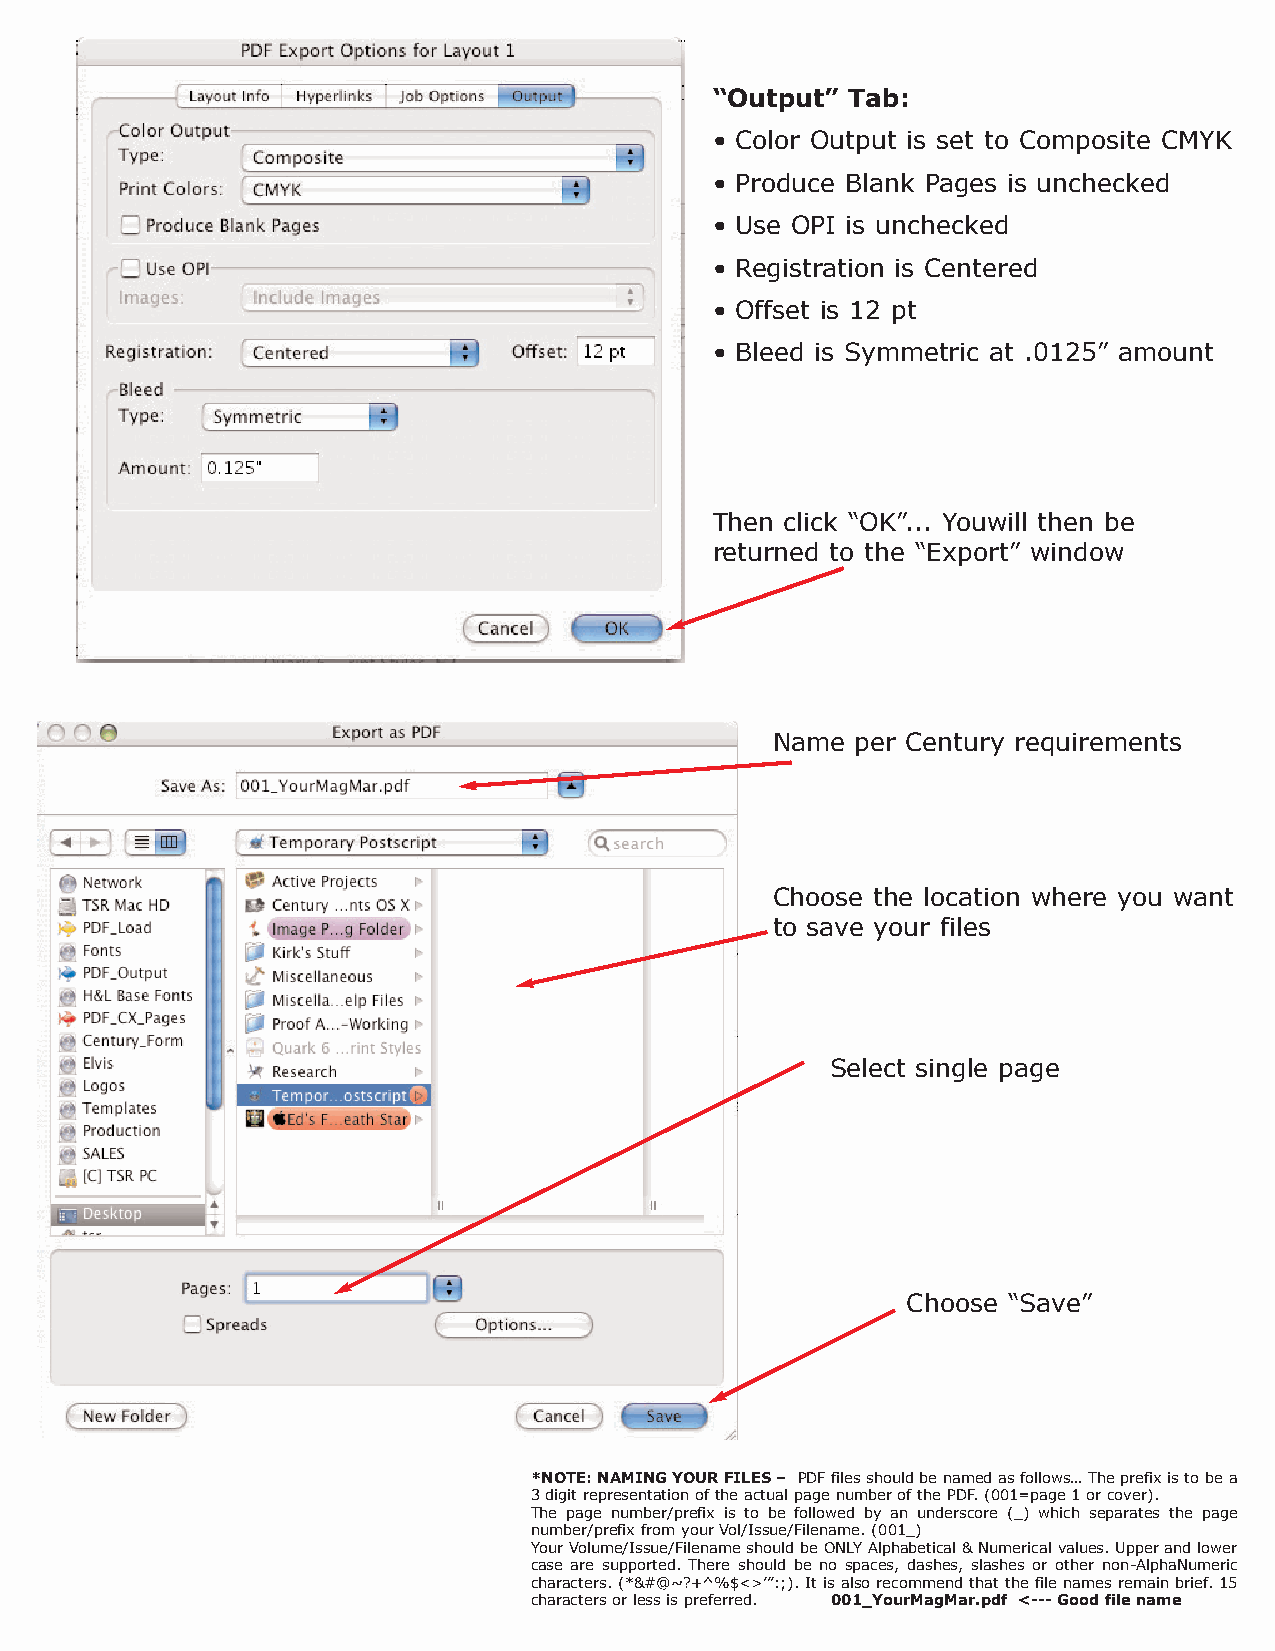
“Output” Tab:
 • Color Output is set to Composite CMYK
 • Produce Blank Pages is unchecked
 • Use OPI is unchecked
 • Registration is Centered
 • Offset is 12 pt
 • Bleed is Symmetric at .0125” amount
 Then click “OK”... Youwill then be
 returned to the “Export” window
 Name  per Century requirements
 Choose the location where you want
 to save your files
 Select single page
 Choose “Save”
 *NOTE: NAMING YOUR FILES – PDF files should be named as follows… The prefix is to be a
 3 digit representation of the actual page number of the PDF. (001=page 1 or cover).
 The page number/prefix is to be followed by an underscore (_) which separates the page
 number/prefix from your Vol/Issue/Filename. (001_)
 Your Volume/Issue/Filename should be ONLY Alphabetical & Numerical values. Upper and lower
 case are supported. There should be no spaces, dashes, slashes or other non-AlphaNumeric
 characters. (*&#@~?+^%$<>’”:;). It is also recommend that the file names remain brief. 15
 characters or less is preferred. 001_YourMagMar.pdf <--- Good file name